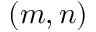
( m , n )